Report on the working of the Ranchi Indian Mental Hospital, Kanke, in Bihar and Orissa - 1930-1940
Year: 1930
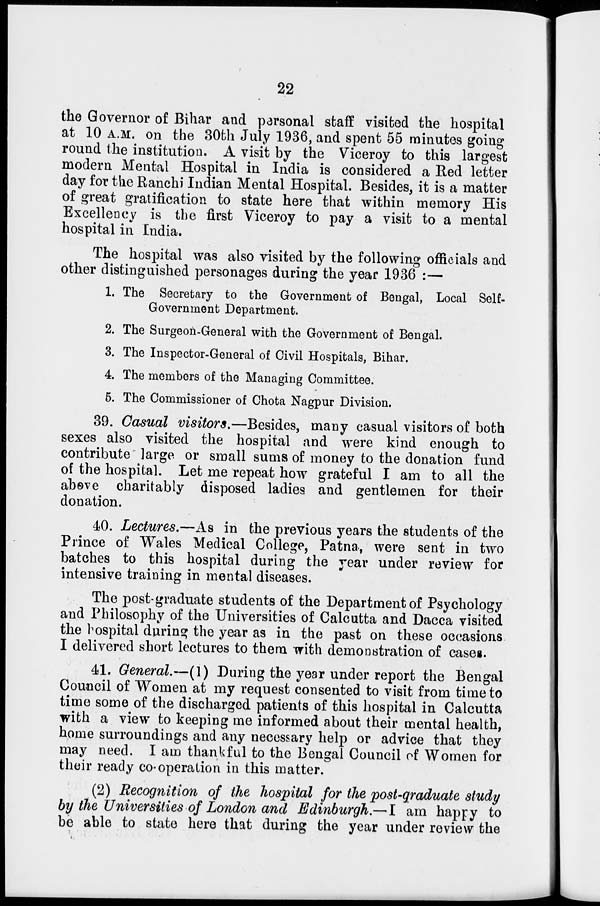
22
the Governor of Bihar and personal staff visited the hospital
at 10 A.M. on the 30th July 1936, and spent 55 minutes going
round the institution. A visit by the Viceroy to this largest
modern Mental Hospital in India is considered a Red letter
day for the Ranchi Indian Mental Hospital. Besides, it is a matter
of great gratification to state here that within memory His
Excellency is the first Viceroy to pay a visit to a mental
hospital in India.
The hospital was also visited by the following officials and
other distinguished personages during the year 1936 :—
1. The Secretary to the Government of Bengal, Local Self-
Government Department.
2. The Surgeon-General with the Government of Bengal.
3. The Inspector-General of Civil Hospitals, Bihar.
4. The members of the Managing Committee.
5. The Commissioner of Chota Nagpur Division.
39. Casual visitors.—Besides, many casual visitors of both
sexes also visited the hospital and were kind enough to
contribute large or small sums of money to the donation fund
of the hospital. Let me repeat how grateful I am to all the
above charitably disposed ladies and gentlemen for their
donation.
40. Lectures.—As in the previous years the students of the
Prince of Wales Medical College, Patna, were sent in two
batches to this hospital during the year under review for
intensive training in mental diseases.
The post-graduate students of the Department of Psychology
and Philosophy of the Universities of Calcutta and Dacca visited
the hospital during the year as in the past on these occasions
I delivered short lectures to them with demonstration of cases.
41. General.—(1) During the year under report the Bengal
Council of Women at my request consented to visit from time to
time some of the discharged patients of this hospital in Calcutta
with a view to keeping me informed about their mental health,
home surroundings and any necessary help or advice that they
may need. I am thankful to the Bengal Council of Women for
their ready co-operation in this matter.
(2) Recognition of the hospital for the post-graduate study
by the Universities of London and Edinburgh.—I am happy to
be able to state here that during the year under review the